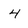
Character: 4